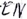
Text: EN